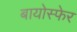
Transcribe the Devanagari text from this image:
बायोस्फेर